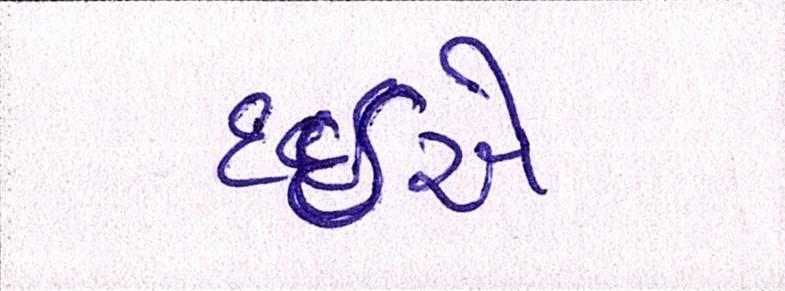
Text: દઇએ